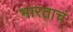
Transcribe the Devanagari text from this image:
भारताचं